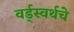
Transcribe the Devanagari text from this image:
वर्ड्‌स्वर्थचे